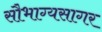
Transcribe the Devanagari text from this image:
सौभाग्यसागर